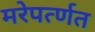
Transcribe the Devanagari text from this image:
मरेपर्त्णत